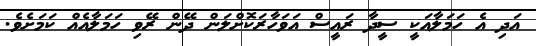
އަދި އެ ހަމަލާއަކީ ސީދާ ރައީސް އަވަހާރަކޮށްލަން ދޭން ރޭވި ހަމަލާއެއް ކަމަށެވެ.